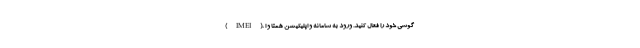
(IMEI)، گوشی خود را فعال کنید. ورود به سامانه و اپلیکیشن همتا و ا